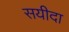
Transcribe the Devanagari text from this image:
सयीदा